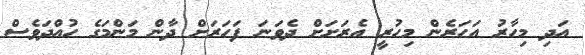
އަދި މިހާރު އަހަރެން މިހުރީ އެރަށަށް ދެވަނަ ފަހަރަށް ދާން މަންމަގެ ހުއްދަވެސް